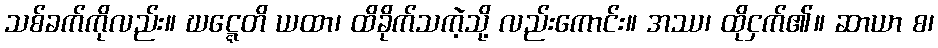
သစ်ခက်ကိုလည်း။ ဃဋ္ဋေတိ ယထာ၊ ထိခိုက်သကဲ့သို့ လည်းကောင်း။ အဿ၊ ထိုငှက်၏။ ဆာယာ စ၊